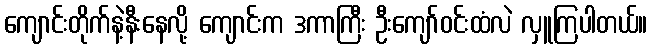
ကျောင်းတိုက်နဲ့နီးနေလို့ ကျောင်းက ဒကာကြီး ဦးကျော်ဝင်းထံလဲ လှူကြပါတယ်။